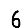
Digit: 6